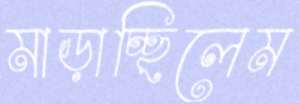
মাড়াচ্ছিলেম